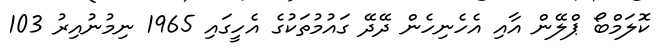
ކޮލަމްބޯ ޕްލޭން އާއި އެހެނިހެން ދޭދޭ ގައުމުތަކުގެ އެހީގައި 1965 ނިމުނުއިރު 103